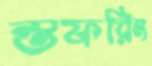
স্তফরিং